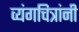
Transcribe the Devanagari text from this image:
व्यंगचित्रांनी